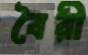
বৈরী